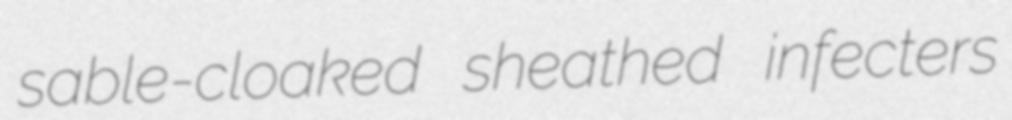
sable-cloaked sheathed infecters